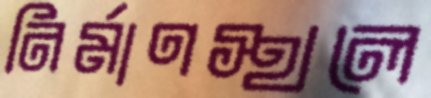
নির্মাণস্থলে